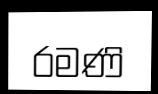
රමණි